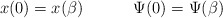
\begin{align*}x(0)= x(\beta) \hspace{.5in} \Psi(0) = \Psi(\beta)\end{align*}